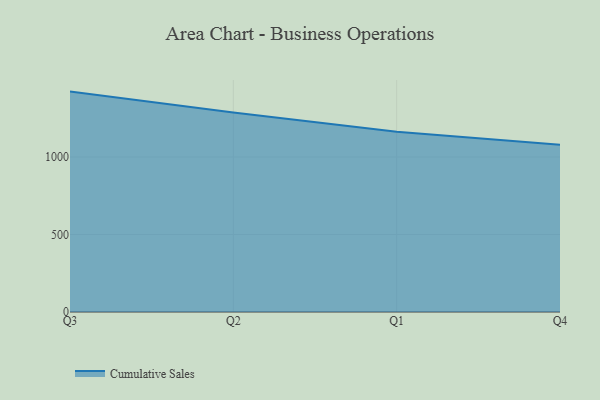
{"axis": {"x": "Quarter", "y": "Customer Acquisition Cost (USD)"}, "legend": ["Cumulative Sales"], "data": [{"x": "Q3", "y": 1422.0, "type": "Cumulative Sales"}, {"x": "Q2", "y": 1286.9, "type": "Cumulative Sales"}, {"x": "Q1", "y": 1163.2, "type": "Cumulative Sales"}, {"x": "Q4", "y": 1078.6, "type": "Cumulative Sales"}]}